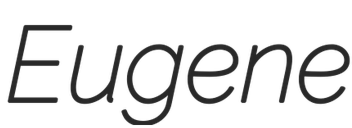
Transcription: Eugene